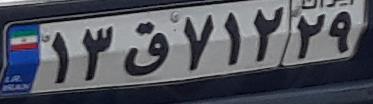
۱۳ق۷۱۲۲۹